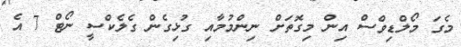
މެގަ މޯލްޑިވްސް އިން މިގޮތަށް ނިންމުމާއި ގުޅިގެން ގެލެކްސީ ނޯޓް 7 އެ